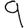
Digit: 9